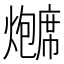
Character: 𬋗